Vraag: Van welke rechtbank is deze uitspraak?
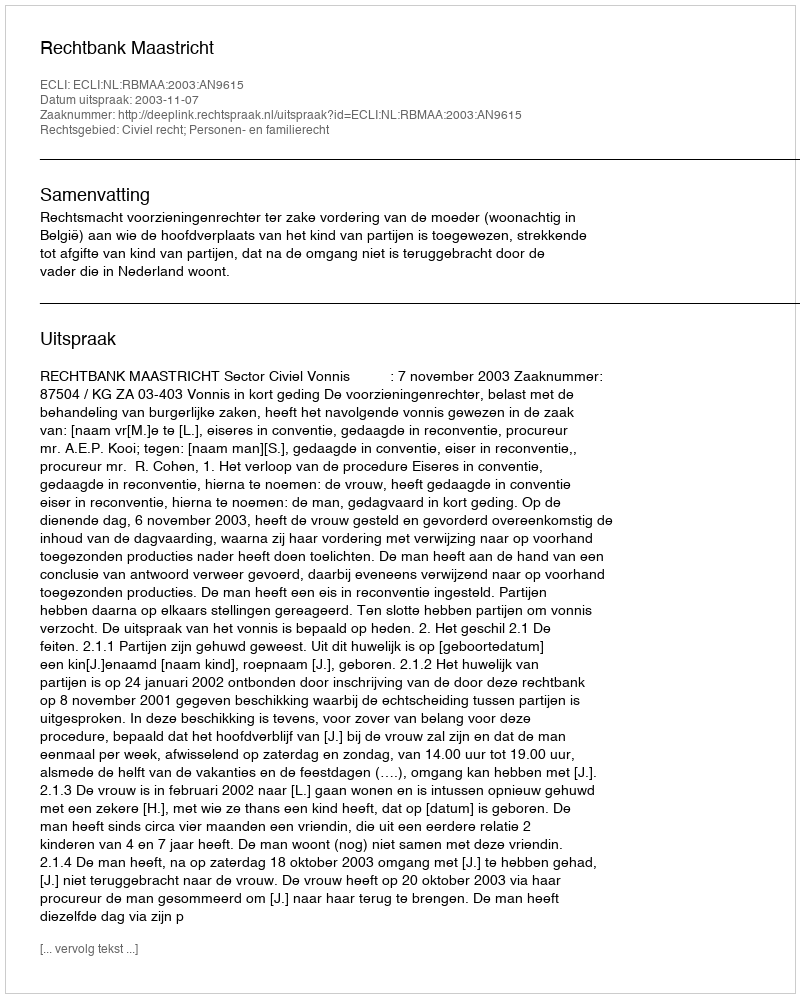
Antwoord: Rechtbank Maastricht